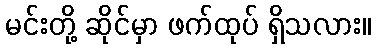
မင်းတို့ ဆိုင်မှာ ဖက်ထုပ် ရှိသလား။